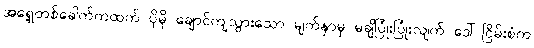
အရှေ့တစ်ခေါက်ကထက် ပိုမို ချောင်ကျသွားသော မျက်နှာမှ မချိပြုံးပြုံးလျက် ဒေါ်ငြိမ်းစံက